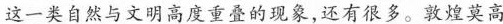
这一类自然与文明高度重叠的现象，还有很多。敦煌莫高